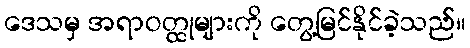
ဒေသမှ အရာဝတ္ထုများကို တွေ့မြင်နိုင်ခဲ့သည်။